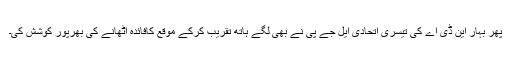
پھر بہار این ڈی اے کی تیسری اتحادی ایل جے پی نے بھی لگے ہاتھ تقریب کرکے موقع کافائدہ اٹھانے کی بھرپور کوشش کی۔